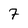
Character: 7